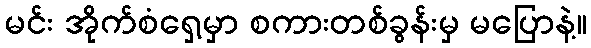
မင်း အိုက်စံရှေ့မှာ စကားတစ်ခွန်းမှ မပြောနဲ့။